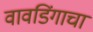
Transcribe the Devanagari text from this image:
वावडिंगाचा